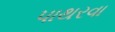
પાથરવા